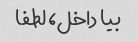
بیا داخل، لطفا